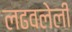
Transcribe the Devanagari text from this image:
लढवलेली